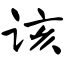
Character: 该